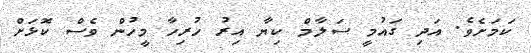
ކަމަށެވެ. އަދި ގައުމީ ސަލާމް ކިޔާ އިރު ހުރިހާ މީހުން ވެސް ކޮޅަށް